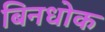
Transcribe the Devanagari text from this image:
बिनधोक